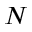
N